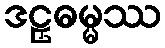
ဒဠှဓမ္မဿ